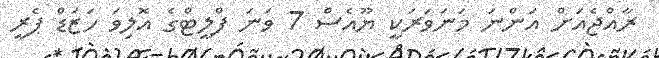
ރާއްޖެއަށް އަންނަ މަނަވަރަކީ ޔޫއެސް 7 ވަނަ ފްލީޓްގެ އޮލިވަ ހަޒަޑް ޕެރީ